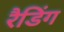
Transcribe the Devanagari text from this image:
रैडिंग